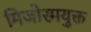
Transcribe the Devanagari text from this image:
मिजोरमयुक्त